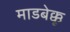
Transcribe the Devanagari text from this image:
माडबेक्कू